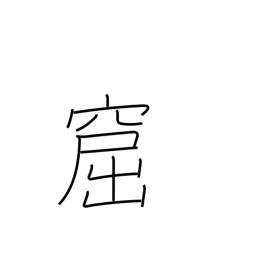
Meaning: cavern